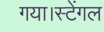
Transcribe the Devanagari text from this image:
गया।स्टेंगल